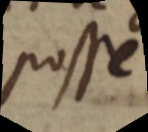
posse